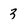
Character: 3